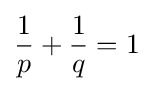
{1 \over p}+{1 \over q}=1